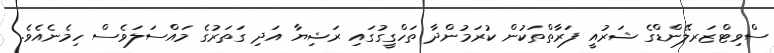
ސްވިޓްޒަރލޭންޑްގެ ޝަރުއީ ފަރާތްތަކުން ކުރަމުންދާ ތަހްގީގުގައި ރަޝިޔާ އަދި ގަތަރުގެ މައްސަލަވެސް ހިމެނެއެވެ.